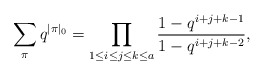
\begin{align*} \sum_\pi q^{\vert\pi\vert_0}=\prod _{1\le i\le j\le k\le a} ^{}\frac {1-q^{i+j+k-1}} {1-q^{i+j+k-2}},\end{align*}